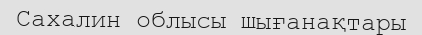
Сахалин облысы шығанақтары